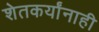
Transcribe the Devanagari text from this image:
शेतकर्यांनाही